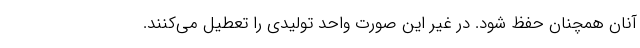
آنان همچنان حفظ شود. در غیر این صورت واحد تولیدی را تعطیل می‌کنند.